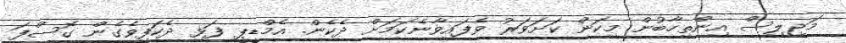
މަޖިލިސް އިންތިހާބުން މިކަން ކަށަވަރު ވެފައިވާނެކަމަށް ދެކެން. އެމްޑީޕީ ފަޅި ދެކަފިވެގެން ގޮސްފަ